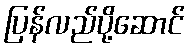
ပြန်လည်ပို့ဆောင်